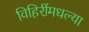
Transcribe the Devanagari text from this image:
विहिरींमधल्या